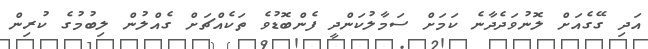
އަދި ގޭގެއަށް ލޮނުވަދެދާނެ ކަމަށް ސަމާލުކަންދީ ފެންބޮޑުވެ ތަކެއްޗަށް ގެއްލުން ލިބުމުގެ ކުރިން